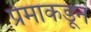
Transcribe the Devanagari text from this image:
प्रेमाकडून